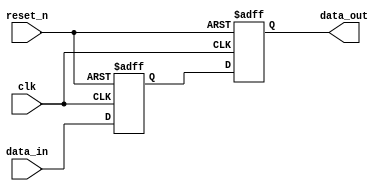
module io_buffer(
    input wire clk,
    input wire reset_n,
    input wire data_in,
    output wire data_out
);

// Input buffer stage
reg data_in_buf;

always @(posedge clk or negedge reset_n) begin
    if (!reset_n) begin
        data_in_buf <= 1'b0;
    end else begin
        data_in_buf <= data_in;
    end
end

// Output buffer stage
reg data_out_buf;

always @(posedge clk or negedge reset_n) begin
    if (!reset_n) begin
        data_out_buf <= 1'b0;
    end else begin
        data_out_buf <= data_in_buf;
    end
end

assign data_out = data_out_buf;

endmodule